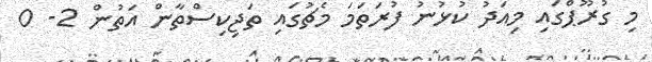
މި ގުރޫޕްގައި މިއަދު ކުޅުނު ފުރަތަމަ މެޗުގައި ތަޖިކިސްތާން އަތުން 2- 0